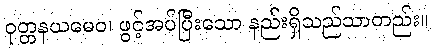
ဝုတ္တနယမေဝ၊ ဖွင့်အပ်ပြီးသော နည်းရှိသည်သာတည်း။